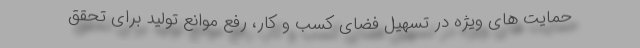
حمایت های ویژه در تسهیل فضای کسب و کار، رفع موانع تولید برای تحقق